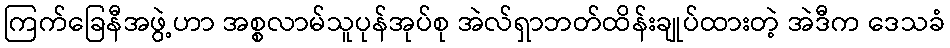
ကြက်ခြေနီအဖွဲ့ဟာ အစ္စလာမ်သူပုန်အုပ်စု အဲလ်ရှာဘတ်ထိန်းချုပ်ထားတဲ့ အဲဒီက ဒေသခံ